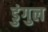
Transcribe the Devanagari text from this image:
डुंगुल